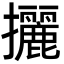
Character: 攦